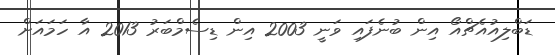
ޑަބްލިއުއެޗްއޯ އިން ބުނެފައި ވަނީ 2003 އިން ޑިސެމްބަރު 2013 އާ ހަމައަށް